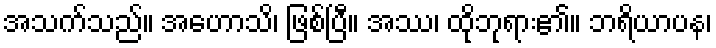
အသက်သည်။ အဟောသိ၊ ဖြစ်ပြီ။ အဿ၊ ထိုဘုရား၏။ ဘရိယာပန၊